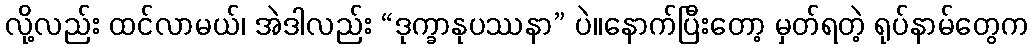
လို့လည်း ထင်လာမယ်၊ အဲဒါလည်း “ဒုက္ခာနုပဿနာ” ပဲ။နောက်ပြီးတော့ မှတ်ရတဲ့ ရုပ်နာမ်တွေက